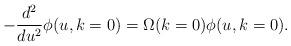
LaTeX: \begin{align*}-\frac{d^2}{du^2}\phi(u, k=0)=\Omega(k=0)\phi(u,k=0).\end{align*}